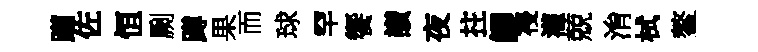
躪佐恒劂蹲果而球罕饗讃夜拄鯽祲灌兢㳙栻鳌